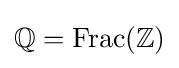
\mathbb {Q} =\operatorname {Frac} (\mathbb {Z} )